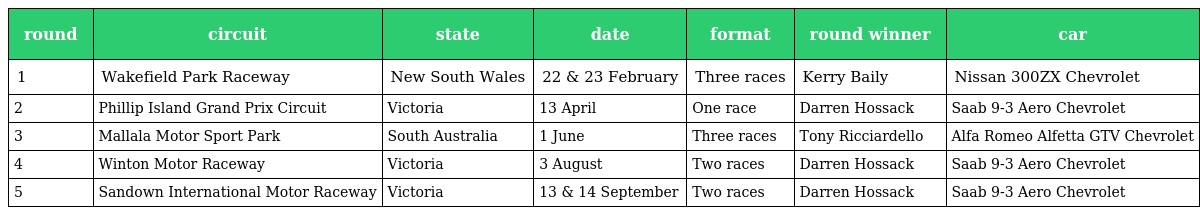
| round | circuit | state | date | format | round winner | car |
 | --- | --- | --- | --- | --- | --- | --- |
 | 1 | Wakefield Park Raceway | New South Wales | 22 & 23 February | Three races | Kerry Baily | Nissan 300ZX Chevrolet |
 | 2 | Phillip Island Grand Prix Circuit | Victoria | 13 April | One race | Darren Hossack | Saab 9-3 Aero Chevrolet |
 | 3 | Mallala Motor Sport Park | South Australia | 1 June | Three races | Tony Ricciardello | Alfa Romeo Alfetta GTV Chevrolet |
 | 4 | Winton Motor Raceway | Victoria | 3 August | Two races | Darren Hossack | Saab 9-3 Aero Chevrolet |
 | 5 | Sandown International Motor Raceway | Victoria | 13 & 14 September | Two races | Darren Hossack | Saab 9-3 Aero Chevrolet |